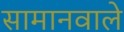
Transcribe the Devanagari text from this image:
सामानवाले